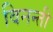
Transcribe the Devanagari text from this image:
विनन्ती